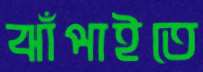
ঝাঁপাইতে